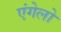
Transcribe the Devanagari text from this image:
एंगेलो